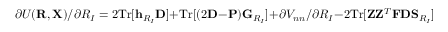
\partial { \cal U } ( { \bf R } , { \bf X } ) / \partial R _ { I } = 2 \mathrm { T r } [ { \bf h } _ { R _ { I } } { \bf D } ] + \mathrm { T r } [ ( 2 { \bf D } - { \bf P } ) { \bf G } _ { R _ { I } } ] + \partial V _ { n n } / \partial R _ { I } - 2 \mathrm { T r } [ { \bf Z } { \bf Z } ^ { T } { \bf F } { \bf D } { \bf S } _ { R _ { I } } ]